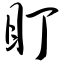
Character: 盯